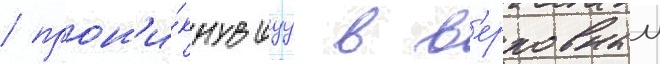
/ прон'и́кнувшуу в в'ерховныи